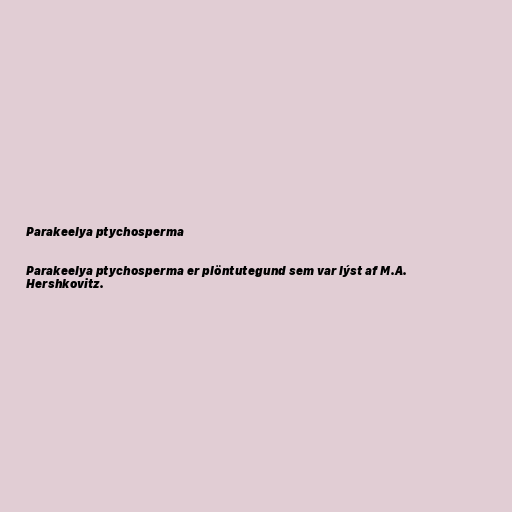
Parakeelya ptychosperma

Parakeelya ptychosperma er plöntutegund sem var lýst af M.A.
Hershkovitz.